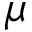
\mu